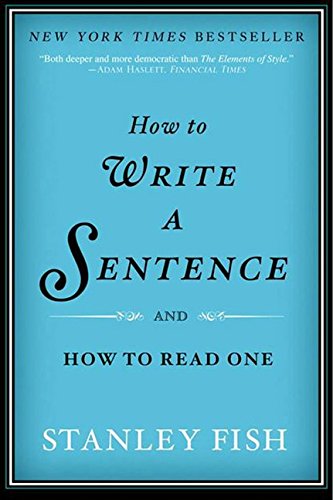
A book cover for How to Write a Sentence: And How to Read One; Stanley Fish; Literature & Fiction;